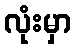
လုံးမှာ